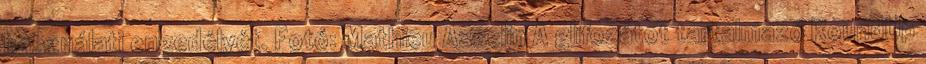
használati engedélyét. Fotó: Mathieu Asselin A glifozátot tartalmazó RoundUp